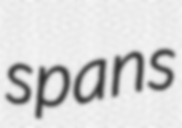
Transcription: spans